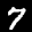
Label: 7